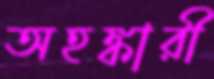
অহঙ্কারী